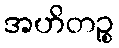
အဟိတဉ္စ